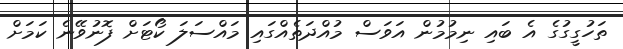
ތަހުގީގުގެ އެ ބައި ނިމުމުން އަވަސް މުއްދަތެއްގައި މައްސަލަ ކޯޓަށް ފޮނުވޭނެ ކަމަށް